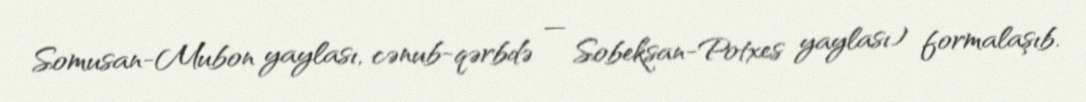
Somusan-Mubon yaylası, cənub-qərbdə — Sobeksan-Potxes yaylası) formalaşıb.